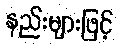
နည်းများဖြင့်